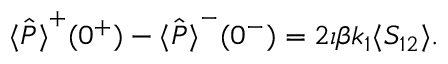
\begin{array} { r } { \hat { \langle P \rangle } ^ { + } ( 0 ^ { + } ) - \hat { \langle P \rangle } ^ { - } ( 0 ^ { - } ) = 2 \iota \beta k _ { 1 } \langle S _ { 1 2 } \rangle . } \end{array}